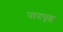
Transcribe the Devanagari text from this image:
पादपृष्ठ